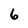
Character: 6